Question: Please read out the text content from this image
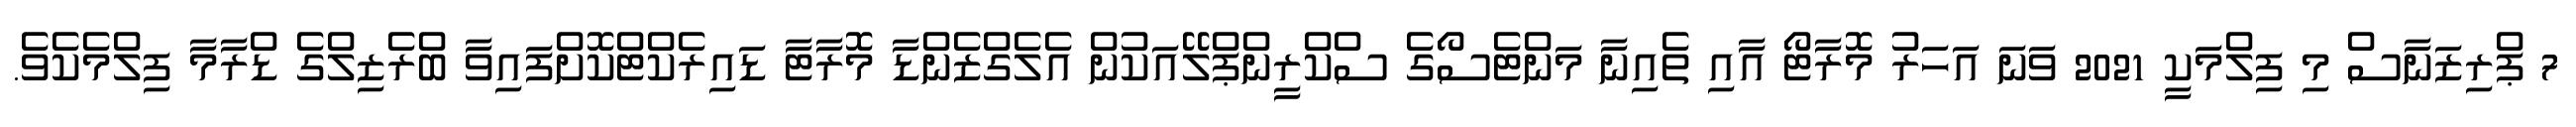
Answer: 7 ޕްރިޒަނާސް މި ފިލްމަކީ 2021 ވަނަ އަހަރު މޮރާޓޯ އާއި ތެއިނާ މަންޓެސޯގެ ސްކްރީންޕްލޭއަކުން އެލެގްޒެންޑާ މޮރާޓާ ޑައިރެކްޓްކޮށްފައިވާ ބްރެޒިލްގެ ޑްރާމާ ފިލްމެކެވެ.